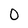
Character: O